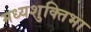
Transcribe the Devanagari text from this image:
मध्यशुक्तिभा